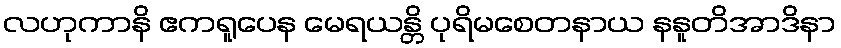
လဟုကာနိ ဧကရူပေန မေရယန္တိ ပုရိမစေတနာယ နနူတိအာဒိနာ